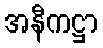
အနီကဋ္ဌာ